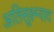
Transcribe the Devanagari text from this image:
अतिसूक्ष्म्वाद